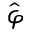
\hat { \varphi }